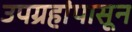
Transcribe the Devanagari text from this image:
उपग्रहांपासून